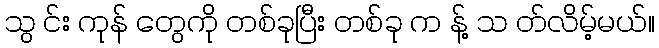
သွ င်း ကုန် တွေကို တစ်ခုပြီး တစ်ခု က န့် သ တ်လိမ့်မယ်။